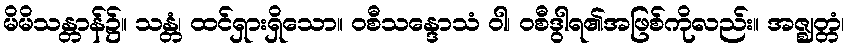
မိမိသန္တာန်၌။ သန္တံ၊ ထင်ရှားရှိသော။ ဝစီသန္ဒောသံ ဝါ၊ ဝစီဒွါရ၏အဖြစ်ကိုလည်း။ အဇ္ဈတ္တံ၊